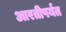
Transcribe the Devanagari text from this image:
आरतीपर्यंत